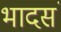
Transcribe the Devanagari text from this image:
भादसं